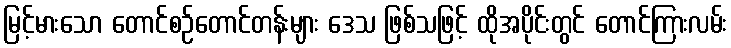
မြင့်မားသော တောင်စဉ်တောင်တန်းများ ဒေသ ဖြစ်သဖြင့် ထိုအပိုင်းတွင် တောင်ကြားလမ်း